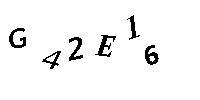
G42E16